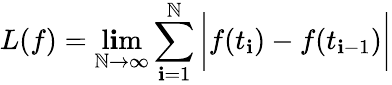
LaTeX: L(f)=\operatorname*{l\mathbf{i}m}_{\mathbb{N}\to\infty}\sum_{\mathbf{i}=1}^{\mathbb{N}}{\bigg|}f(t_{\mathbf{i}})-f(t_{\mathbf{i}-1}){\bigg|}